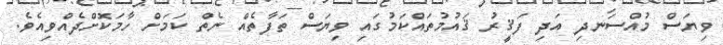
ވިޔަސް މުއްސަނދި އަދި ފަޤީރު ޤައުމުތައްކަމުގައި ވިޔަސް ތަފާތެއް ނެތް ކަމަށް ހާމަކޮށްދެއްވިއެވެ.